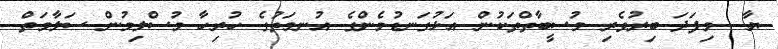
ޔާ  މިފަދަ ބިރުވެރި މުސީބާތްތަކުން އަޅުގަނޑުމެންގެ އުނމަތުގެ ހުރިހާ މުސްލިމުން ސަލާމަތް